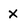
Character: x